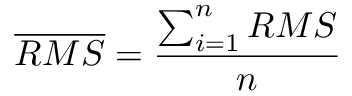
\overline { { R M S } } = \frac { \sum _ { i = 1 } ^ { n } { R M S } } { n }